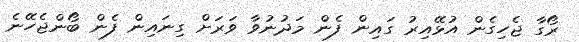
ރޯގާ ޖެހިގެން އުޅޭއިރު ގައިން ފެން މަދުނުވާ ވަރަށް ގިނައިން ފެން ބޯންޖެހޭނެ